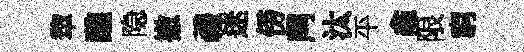
犂醮隐撤禮迷傍𪔂汰平龕限窮